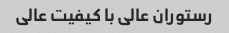
رستوران عالی با کیفیت عالی